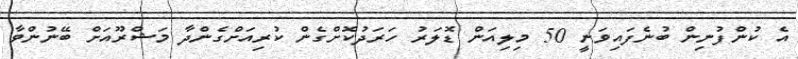
އެ ކުންފުނިން ބުނެފައިވަނީ 50 މިލިއަން ޑޮލަރު ހަރަދުކޮށްގެން ކުރިއަށްގެންދާ މަޝްރޫއަށް ބޭނުންވާ